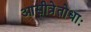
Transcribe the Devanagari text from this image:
आसीत्रेतोधाः